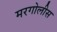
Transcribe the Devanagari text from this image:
मरगोलीस